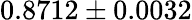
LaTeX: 0.8712\pm 0.0032